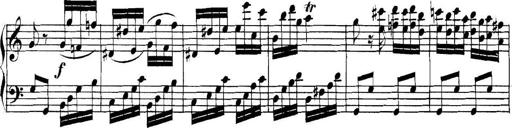
Title: Collected Piano Sonatas
Composer: Muzio Clementi